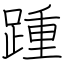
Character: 踵